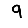
Digit: 9